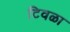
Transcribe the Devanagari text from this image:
टिवळा